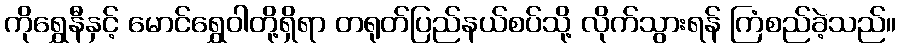
ကိုရွှေနီနှင့် မောင်ရွှေဝါတို့ရှိရာ တရုတ်ပြည်နယ်စပ်သို့ လိုက်သွားရန် ကြံစည်ခဲ့သည်။